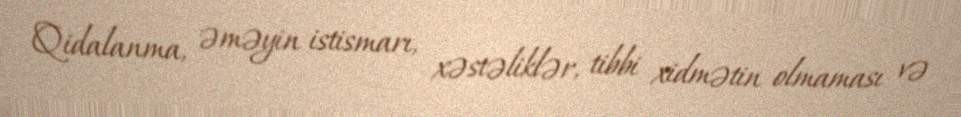
Qidalanma, əməyin istismarı, xəstəliklər, tibbi xidmətin olmaması və